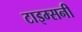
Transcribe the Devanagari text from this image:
टाइम्सनी